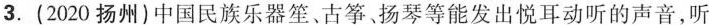
3.(2020扬州)中国民族乐器笙、古筝扬琴等能发出悦耳动听的声音，听